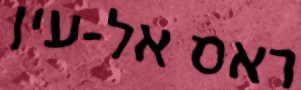
ראס אל-עין